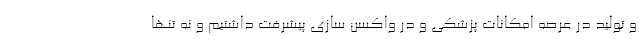
و تولید در عرصه امکانات پزشکی و در واکسن سازی پیشرفت داشتیم و نه تنها